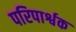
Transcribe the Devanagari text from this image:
परिपार्श्वक